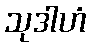
သုဒါဟံ